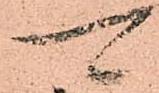
可